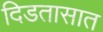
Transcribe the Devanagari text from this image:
दिडतासात